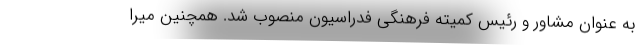
به عنوان مشاور و رئیس کمیته فرهنگی فدراسیون منصوب شد. همچنین میرا